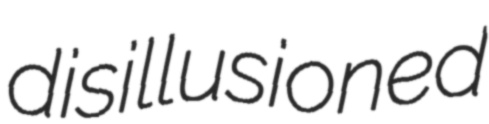
disillusioned